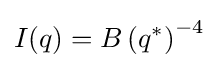
I(q)=B\left(q^{*}\right)^{-4}